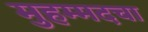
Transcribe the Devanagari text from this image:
मुहम्मदचा